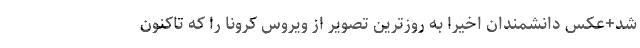
شد+عکس دانشمندان اخیرا به روزترین تصویر از ویروس کرونا را که تاکنون